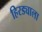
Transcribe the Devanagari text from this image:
हिरड्याला